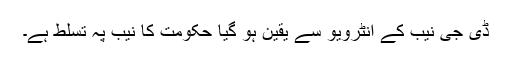
ڈی جی نیب کے انٹرویو سے یقین ہو گیا حکومت کا نیب پہ تسلط ہے۔